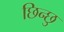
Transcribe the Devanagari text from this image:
छिन्छु